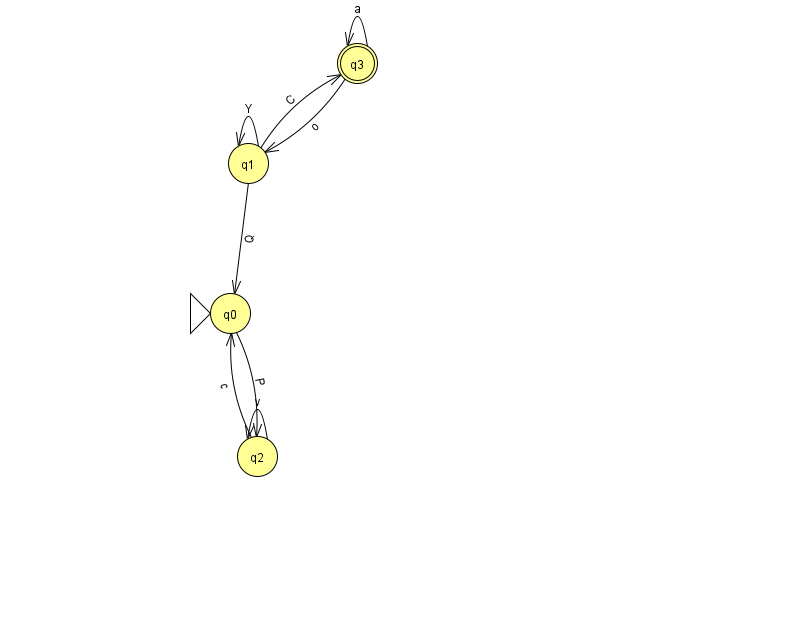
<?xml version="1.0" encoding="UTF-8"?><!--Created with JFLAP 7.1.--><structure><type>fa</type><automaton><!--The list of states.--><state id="0" name="q0"><x>230.0</x><y>300.0</y><initial/></state><state id="1" name="q1"><x>248.0</x><y>150.0</y></state><state id="2" name="q2"><x>257.0</x><y>443.0</y></state><state id="3" name="q3"><x>357.0</x><y>50.0</y><final/></state><!--The list of transitions.--><transition><from>3</from><to>3</to><read>a</read></transition><transition><from>1</from><to>0</to><read>Q</read></transition><transition><from>2</from><to>2</to><read>v</read></transition><transition><from>3</from><to>1</to><read>o</read></transition><transition><from>0</from><to>2</to><read>P</read></transition><transition><from>1</from><to>1</to><read>Y</read></transition><transition><from>1</from><to>3</to><read>C</read></transition><transition><from>2</from><to>0</to><read>c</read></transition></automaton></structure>